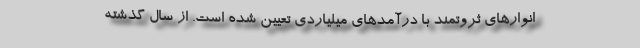
انوارهای ثروتمند با درآمدهای میلیاردی تعیین شده است. از سال گذشته